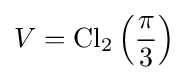
V=\operatorname {Cl} _{2}\left({\frac {\pi }{3}}\right)